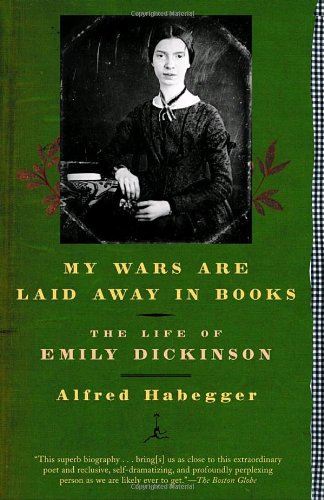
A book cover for My Wars Are Laid Away in Books: The Life of Emily Dickinson (Modern Library Paperbacks); Alfred Habegger; Literature & Fiction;